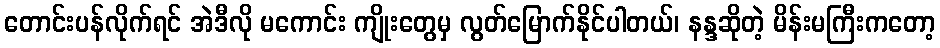
တောင်းပန်လိုက်ရင် အဲဒီလို မကောင်း ကျိုးတွေမှ လွတ်မြောက်နိုင်ပါတယ်၊ နန္ဒဆိုတဲ့ မိန်းမကြီးကတော့